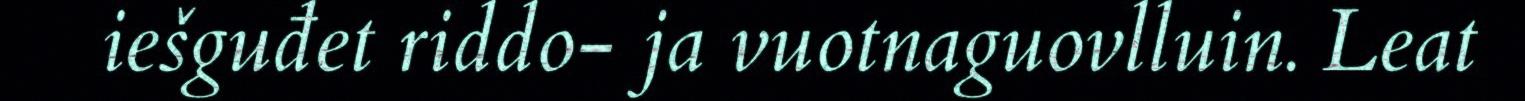
iešguđet riddo- ja vuotnaguovlluin. Leat